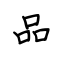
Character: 品